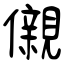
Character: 儭